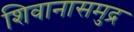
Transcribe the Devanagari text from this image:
शिवानासमुद्र